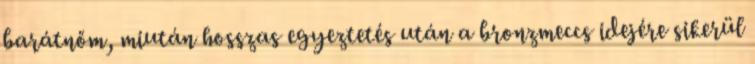
barátnőm, miután hosszas egyeztetés után a bronzmeccs idejére sikerül